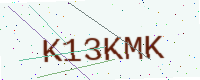
Text: K13KMK